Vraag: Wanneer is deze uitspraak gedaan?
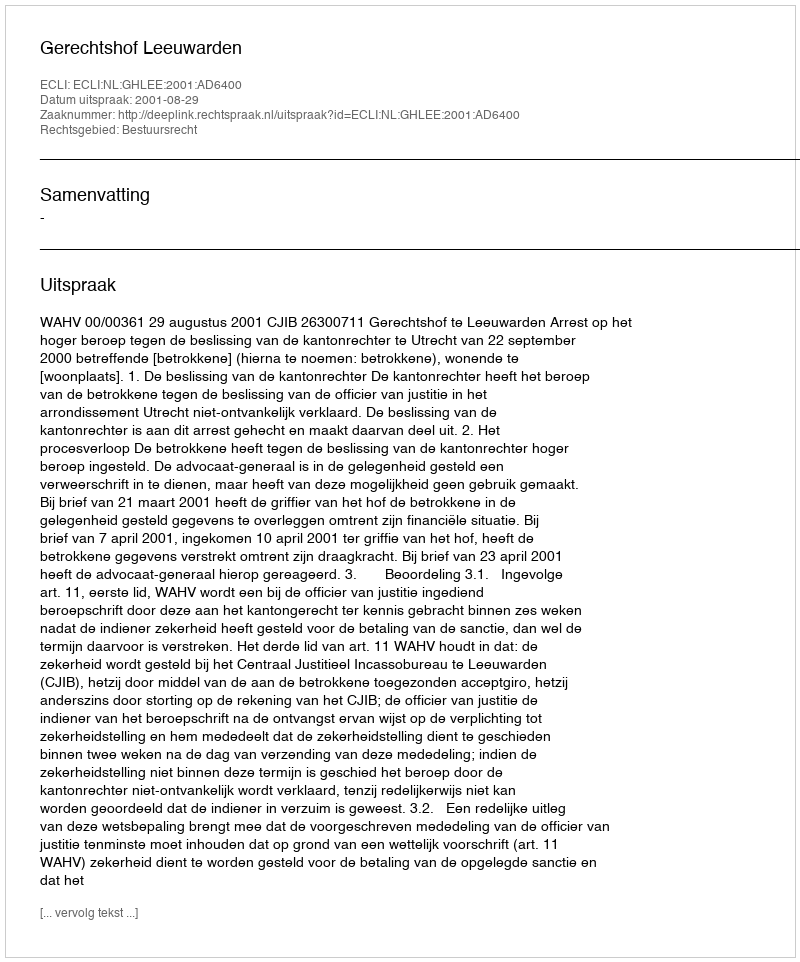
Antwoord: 2001-08-29